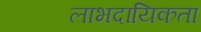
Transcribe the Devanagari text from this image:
लाभदायिकता